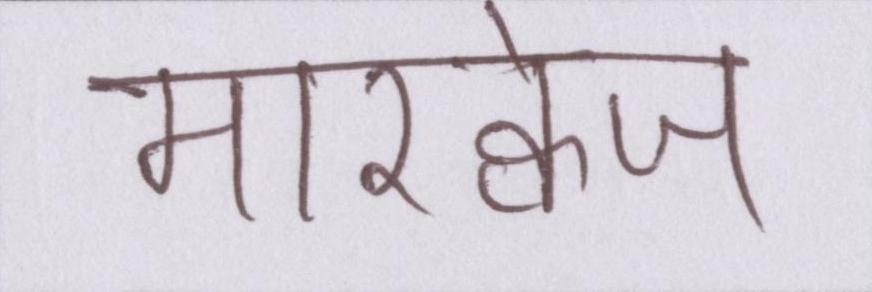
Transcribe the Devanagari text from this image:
मारक्वेज